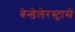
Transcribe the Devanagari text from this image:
बेन्डेलेरस्ट्रासे